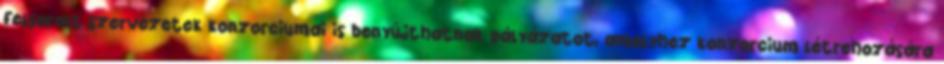
felsorolt szervezetek konzorciumai is benyújthatnak pályázatot, amelyhez konzorcium létrehozására